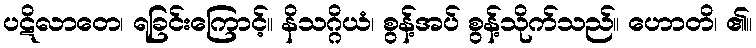
ပဋိလာတေ၊ ရခြင်းကြောင့်။ နိသဂ္ဂိယံ၊ စွန့်အပ် စွန့်သိုက်သည်။ ဟောတိ၊ ၏။